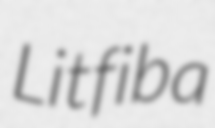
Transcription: Litfiba